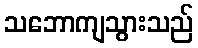
သဘောကျသွားသည်